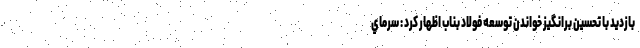
بازديد با تحسين برانگيز خواندن توسعه فولاد بناب اظهار کرد : سرماي